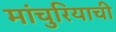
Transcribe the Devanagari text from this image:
मांचुरियाची